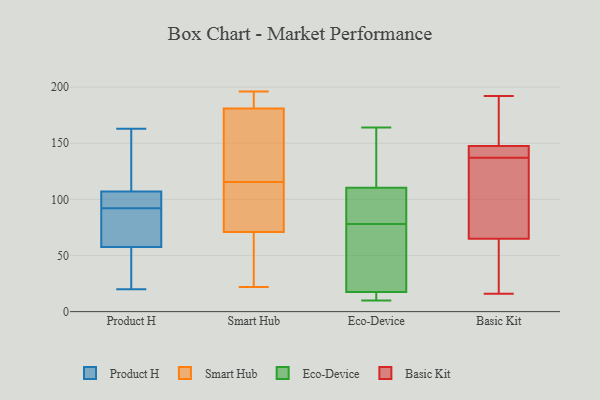
{"axis": {"x": "Gross Profit (USD K)", "y": "Value"}, "legend": ["Basic Kit", "Eco-Device", "Product H", "Smart Hub"], "data": [{"x": "", "y": 163, "type": "Product H"}, {"x": "", "y": 152, "type": "Product H"}, {"x": "", "y": 54, "type": "Product H"}, {"x": "", "y": 61, "type": "Product H"}, {"x": "", "y": 104, "type": "Product H"}, {"x": "", "y": 107, "type": "Product H"}, {"x": "", "y": 112, "type": "Product H"}, {"x": "", "y": 99, "type": "Product H"}, {"x": "", "y": 45, "type": "Product H"}, {"x": "", "y": 87, "type": "Product H"}, {"x": "", "y": 97, "type": "Product H"}, {"x": "", "y": 78, "type": "Product H"}, {"x": "", "y": 54, "type": "Product H"}, {"x": "", "y": 20, "type": "Product H"}, {"x": "", "y": 107, "type": "Product H"}, {"x": "", "y": 71, "type": "Product H"}, {"x": "", "y": 22, "type": "Smart Hub"}, {"x": "", "y": 71, "type": "Smart Hub"}, {"x": "", "y": 112, "type": "Smart Hub"}, {"x": "", "y": 130, "type": "Smart Hub"}, {"x": "", "y": 23, "type": "Smart Hub"}, {"x": "", "y": 196, "type": "Smart Hub"}, {"x": "", "y": 68, "type": "Smart Hub"}, {"x": "", "y": 194, "type": "Smart Hub"}, {"x": "", "y": 144, "type": "Smart Hub"}, {"x": "", "y": 75, "type": "Smart Hub"}, {"x": "", "y": 119, "type": "Smart Hub"}, {"x": "", "y": 181, "type": "Smart Hub"}, {"x": "", "y": 193, "type": "Smart Hub"}, {"x": "", "y": 82, "type": "Smart Hub"}, {"x": "", "y": 83, "type": "Eco-Device"}, {"x": "", "y": 134, "type": "Eco-Device"}, {"x": "", "y": 108, "type": "Eco-Device"}, {"x": "", "y": 10, "type": "Eco-Device"}, {"x": "", "y": 10, "type": "Eco-Device"}, {"x": "", "y": 19, "type": "Eco-Device"}, {"x": "", "y": 13, "type": "Eco-Device"}, {"x": "", "y": 64, "type": "Eco-Device"}, {"x": "", "y": 32, "type": "Eco-Device"}, {"x": "", "y": 117, "type": "Eco-Device"}, {"x": "", "y": 80, "type": "Eco-Device"}, {"x": "", "y": 78, "type": "Eco-Device"}, {"x": "", "y": 164, "type": "Eco-Device"}, {"x": "", "y": 192, "type": "Basic Kit"}, {"x": "", "y": 73, "type": "Basic Kit"}, {"x": "", "y": 48, "type": "Basic Kit"}, {"x": "", "y": 143, "type": "Basic Kit"}, {"x": "", "y": 147, "type": "Basic Kit"}, {"x": "", "y": 185, "type": "Basic Kit"}, {"x": "", "y": 151, "type": "Basic Kit"}, {"x": "", "y": 38, "type": "Basic Kit"}, {"x": "", "y": 141, "type": "Basic Kit"}, {"x": "", "y": 133, "type": "Basic Kit"}, {"x": "", "y": 59, "type": "Basic Kit"}, {"x": "", "y": 141, "type": "Basic Kit"}, {"x": "", "y": 16, "type": "Basic Kit"}, {"x": "", "y": 78, "type": "Basic Kit"}, {"x": "", "y": 84, "type": "Basic Kit"}, {"x": "", "y": 141, "type": "Basic Kit"}, {"x": "", "y": 71, "type": "Basic Kit"}, {"x": "", "y": 148, "type": "Basic Kit"}, {"x": "", "y": 151, "type": "Basic Kit"}, {"x": "", "y": 24, "type": "Basic Kit"}]}